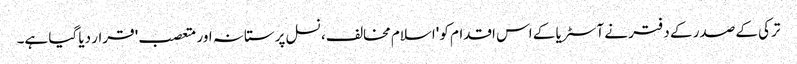
ترکی کے صدر کے دفتر نے آسٹریا کے اس اقدام کو 'اسلام مخالف، نسل پرستانہ اور متعصب' قرار دیا گیا ہے۔